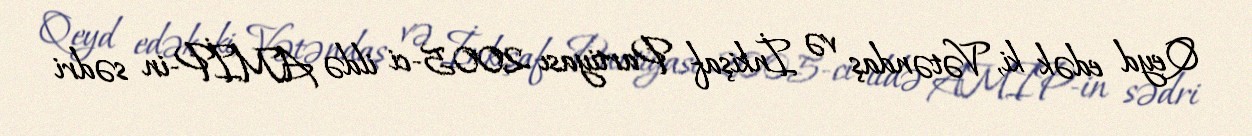
Qeyd edək ki, Vətəndaş və İnkişaf Partiyası 2005-ci ildə AMİP-in sədri